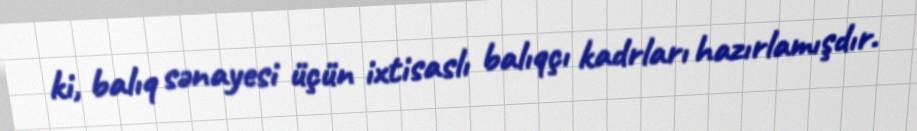
ki, balıq sənayesi üçün ixtisaslı balıqçı kadrları hazırlamışdır.